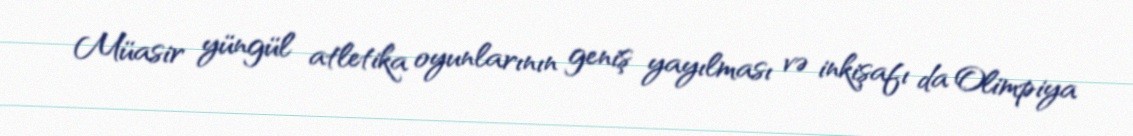
Müasir yüngül atletika oyunlarının geniş yayılması və inkişafı da Olimpiya